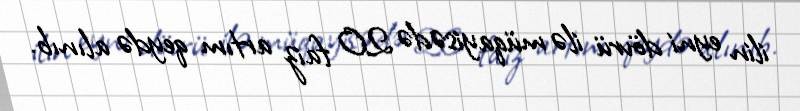
ilin eyni dövrü ilə müqayisədə 20 faiz artım qeydə alınıb.